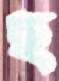
ছ